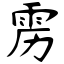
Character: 雳